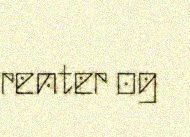
renter og